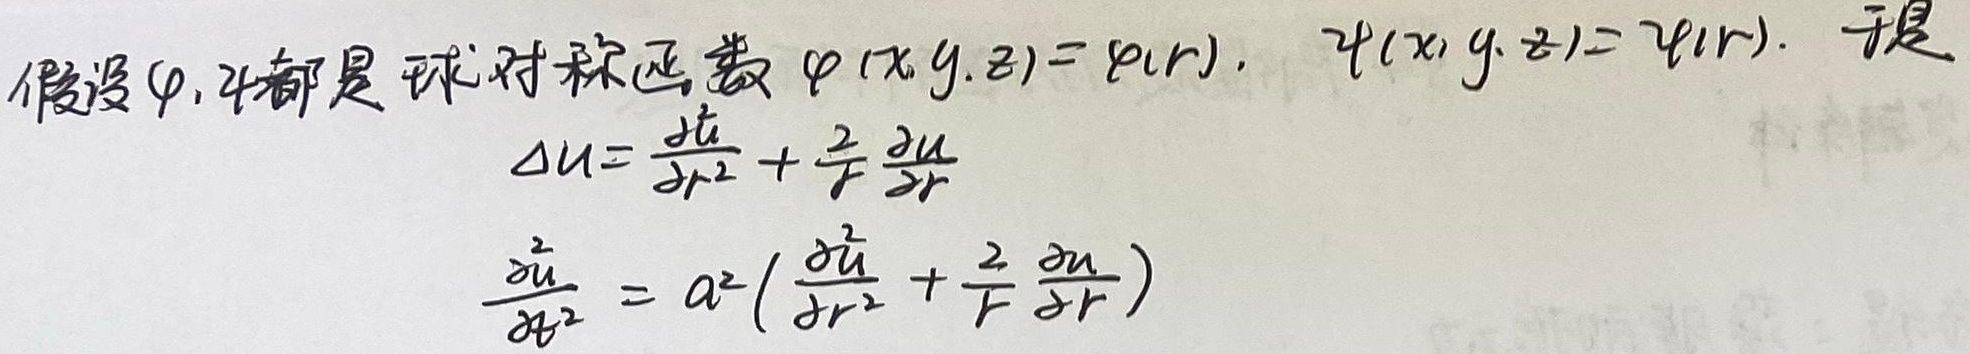
假设 \(\varphi,\psi\) 都是球对称函数 \(\varphi(x,y,z)=\varphi(r)\)，\(\psi(x,y,z)=\psi(r)\)。于是
\[\begin{align*}
\Delta u&=\frac{\partial^{2}u}{\partial r^{2}}+\frac{2}{r}\frac{\partial u}{\partial r}\\
\frac{\partial^{2}u}{\partial t^{2}}&=a^{2}\left(\frac{\partial^{2}u}{\partial r^{2}}+\frac{2}{r}\frac{\partial u}{\partial r}\right)
\end{align*}\]